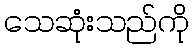
သေဆုံးသည်ကို